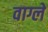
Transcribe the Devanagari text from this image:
वाग्ले